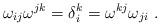
LaTeX: \begin{align*}\omega_{ij}\omega^{jk}=\delta_i^k=\omega^{kj}\omega_{ji}\ . \end{align*}